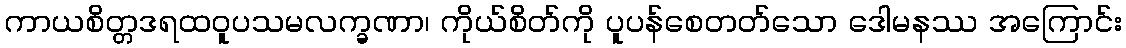
ကာယစိတ္တဒရထဝူပသမလက္ခဏာ၊ ကိုယ်စိတ်ကို ပူပန်စေတတ်သော ဒေါမနဿ အကြောင်း